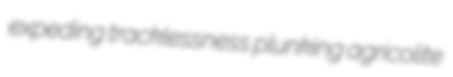
expeding tracklessness plunking agricolite